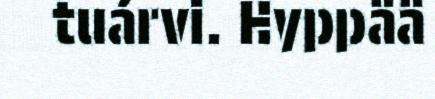
tuárvi. Hyppää